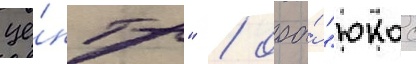
це́нтр" / ооо́ "юкос